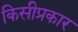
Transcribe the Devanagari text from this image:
किसीप्रकार